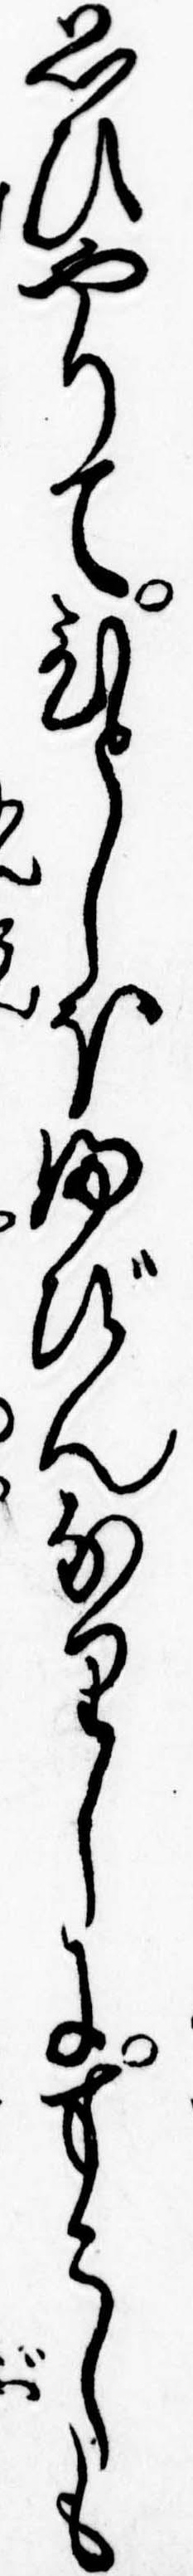
思ひやりてひとしほふびんなりしにすこしも